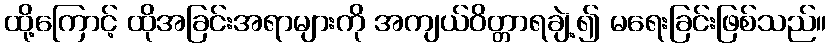
ထို့ကြောင့် ထိုအခြင်းအရာများကို အကျယ်ဝိတ္တာရချဲ့၍ မရေးခြင်းဖြစ်သည်။